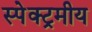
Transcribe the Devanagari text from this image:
स्पेक्ट्रमीय